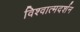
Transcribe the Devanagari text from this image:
विश्वात्मदर्शन